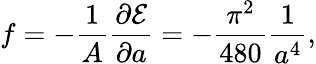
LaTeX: f=-{\frac{1}{A}}{\frac{\partial{\cal E}}{\partial a}}=-{\frac{\pi^{2}}{480}}{\frac{1}{a^{4}}},